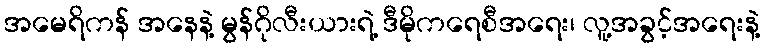
အမေရိကန် အနေနဲ့ မွန်ဂိုလီးယားရဲ့ ဒီမိုကရေစီအရေး၊ လူ့အခွင့်အရေးနဲ့